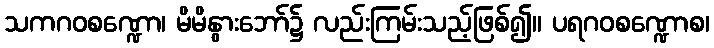
သကဂဝစဏ္ဍော၊ မိမိနွားဘော်၌ လည်းကြမ်းသည့်ဖြစ်၍။ ပရဂဝစဏ္ဍောစ၊